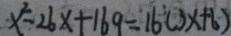
x ^ { 2 } - 2 6 x + 1 6 9 = 1 6 ^ { 2 } ( 3 x + 6 )